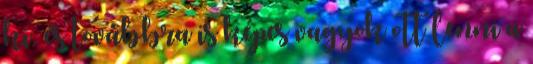
ki, és továbbra is képes vagyok ott lenni a